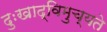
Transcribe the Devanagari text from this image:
दुःखाद्विमुच्यते